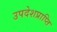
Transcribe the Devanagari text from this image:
उपदेशप्राप्ति